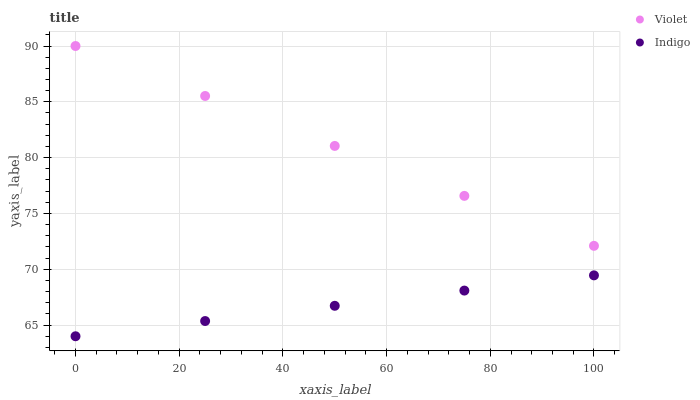
| xaxis_label | Violet | Indigo |
 | --- | --- | --- |
 | 0 | 90 | 64 |
 | 25 | 85.5 | 65.4 |
 | 50 | 81.1 | 66.7 |
 | 75 | 76.6 | 68.1 |
 | 100 | 72.1 | 69.5 |